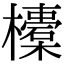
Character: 𣟄